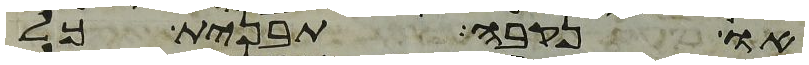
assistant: או נקבה תבנית כל